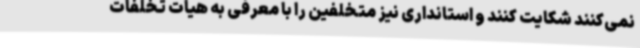
نمی‌کنند شکایت کنند و استانداری نیز متخلفین را با معرفی به هیات تخلفات